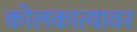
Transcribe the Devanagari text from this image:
कोलकात्यावर